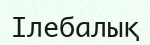
Ілебалық